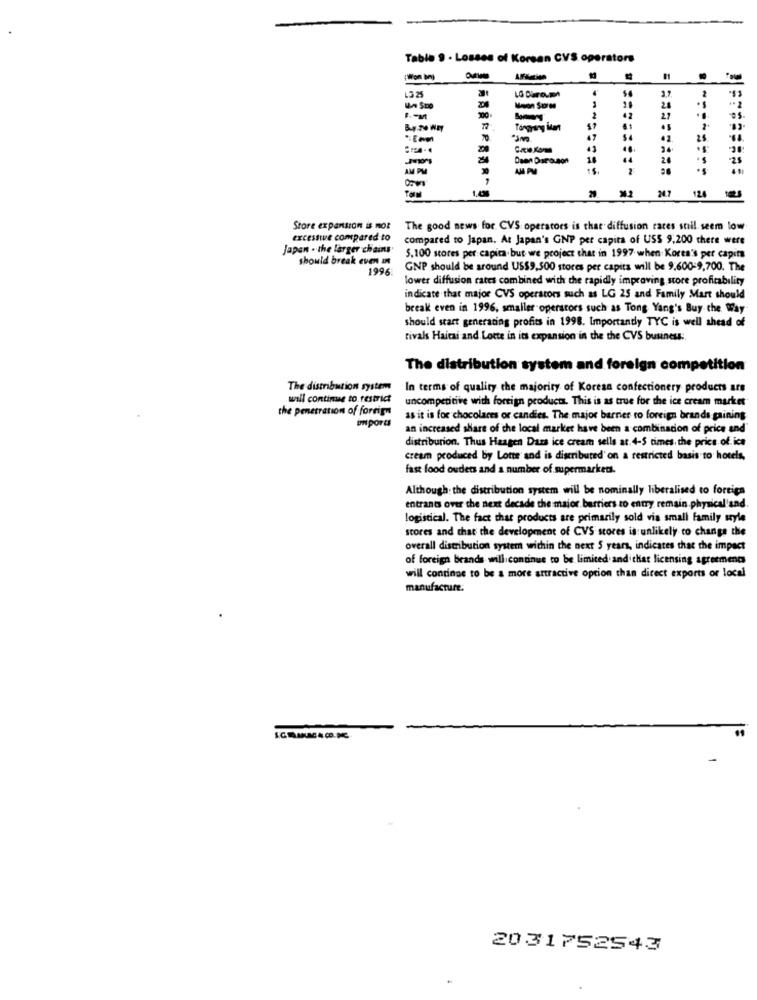
Table 9 - Losses of Korsan CVS operators
13.25
3,2
- 2
Moon Sporde
5
2
42
Tangrang im
TO
200
...
24.
Dsen Darauson
44
20
-25
24.7
124
Store expansion is not
The good news for CVS operators is that diffusion cares stil. seem low
excessive compared to
compared to Japan. At Japan's GNP per capita of USS 9,200 there were
Japan . the larger chains
should break even in
5.100 scores per capita. but we project that in 1997 when Korea's per capita
1996
GNP should be around US$9,500 stores per capita will be 9.600-9,700. The
lower diffusion rates combined with the rapidly improving store profitability
indicate that major CVS operators such as LG 25 and Family Mart should
break even in 1996, smaller operators such as Tong Yang's Buy the Way
should start generating profits in 1998. Importantly TYC is well ahead of
rivals Haicai and Lotte in its expansion in the the CVS business :.
The distribution system and foreign competition
The distribution system
In terms of quality the majority of Korean confectionery products are
will continue to restrict
uncompetitive with foreign products. This is as true for the ice cream market
the penetration of foreign
imports
as it is for chocolaces or candies. The major barrier to foreign brands gaining
an increased share of the local market have been a combination of price and"
distribution. Thus Haagen Dazs ice cream sells at.4-5 times the price of. ica
cream produced by Lote and is distributed' on a restricted basis to hotels,
fast food ouders and a number of mpermarkets.
Although the distribution system will be nominally liberalised to foreign
entrants over the next decade the maior. barriers to entry remain physical'and.
logistical. The fact that products are primarily sold via small family style
stores and that the development of CVS stores is unlikely to change the
overall distribution system within the next 5 years, indicates that the impact
of foreign brands will continue to be limited. andithat licensing agreements
will continue to be a more attractive option than direct exports or local
manufacture.
2031752543